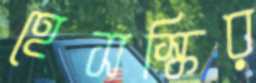
হেসস্কির